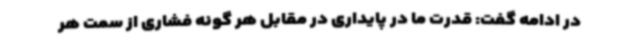
در ادامه گفت: قدرت ما در پایداری در مقابل هر گونه فشاری از سمت هر